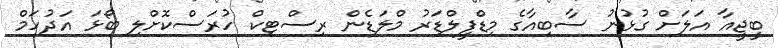
ބީޖީއާ އަލަށް ގުޅުނު ސާބިއާގެ މިޑްފީލްޑަރު މްލަޑެން ރިސްޓިކް ހުރަސްކޮށްލި ބޯޅަ އަދުހަމް